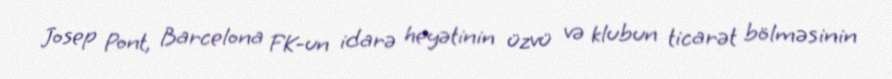
Josep Pont, Barcelona FK-un idarə heyətinin üzvü və klubun ticarət bölməsinin